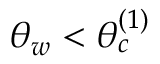
\theta _ { w } < \theta _ { c } ^ { ( 1 ) }